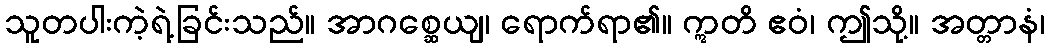
သူတပါးကဲ့ရဲ့ခြင်းသည်။ အာဂစ္ဆေယျ၊ ရောက်ရာ၏။ ဣတိ ဧဝံ၊ ဤသို့။ အတ္တာနံ၊